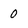
Character: 0